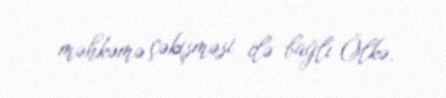
məhkəmə çəkişməsi ilə bağlı Ölkə.